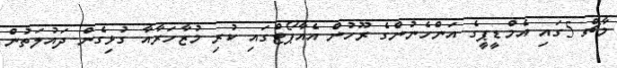
މާޗް 5ގައި އެމްޑީޕީގެ އަންހެނުންގެ ރޫހުން އެއާޕޯޓްގައި ކުރި މުޒާހަރާއާ ގުޅިގެން ދައުލަތުން